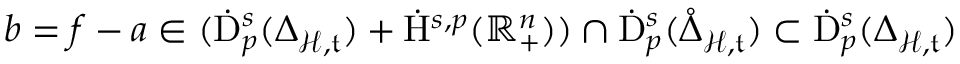
\begin{array} { r } { b = f - a \in ( \dot { \mathrm { D } } _ { p } ^ { s } ( { \Delta } _ { \mathcal { H } , \mathfrak { t } } ) + \dot { \mathrm { H } } ^ { s , p } ( \mathbb { R } _ { + } ^ { n } ) ) \cap \dot { \mathrm { D } } _ { p } ^ { s } ( \mathring { \Delta } _ { \mathcal { H } , \mathfrak { t } } ) \subset \dot { \mathrm { D } } _ { p } ^ { s } ( { \Delta } _ { \mathcal { H } , \mathfrak { t } } ) } \end{array}